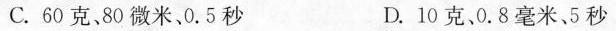
C.60克、80微米、0.5秒